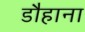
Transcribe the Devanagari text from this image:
डौहाना